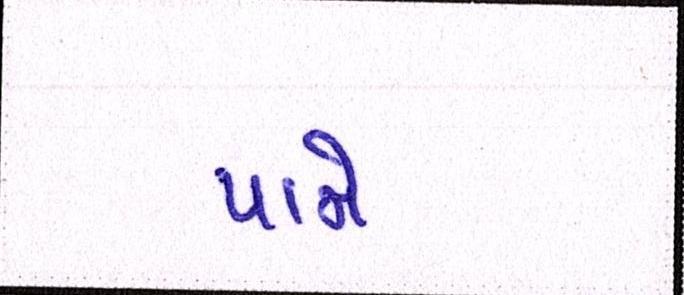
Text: પામે